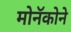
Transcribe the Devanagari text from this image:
मोनॅकोने